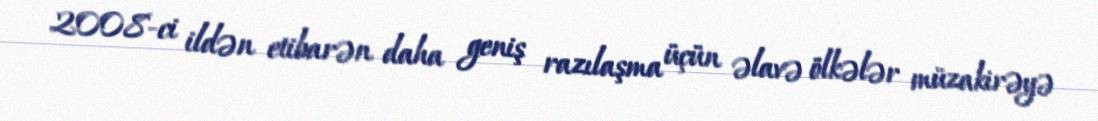
2008-ci ildən etibarən daha geniş razılaşma üçün əlavə ölkələr müzakirəyə